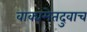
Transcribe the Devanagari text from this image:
वाक्यमेतदुवाच